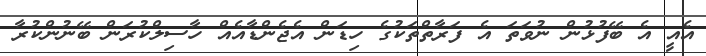
އެއީ އެ ބޭފުޅުން ނުވަތަ އެ ފަރާތްތަކުގެ ހިޑަން އެޖެންޑާއެއް ހާސިލްކުރަން ބޭނުންކުރާ